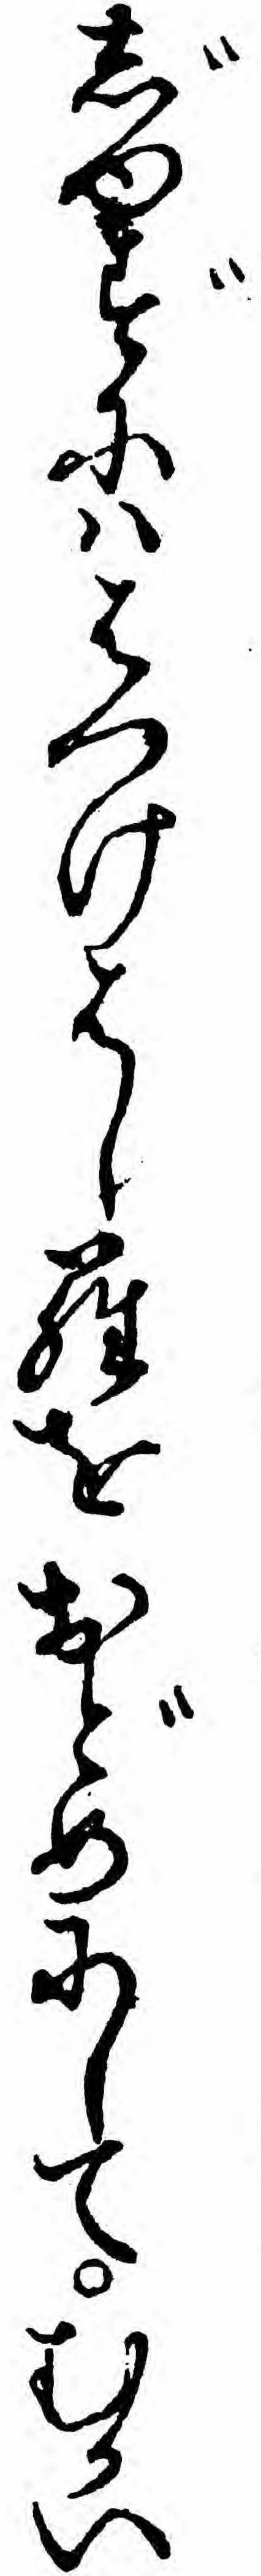
じゆずにハはつけはしらをおどめにしてむかい